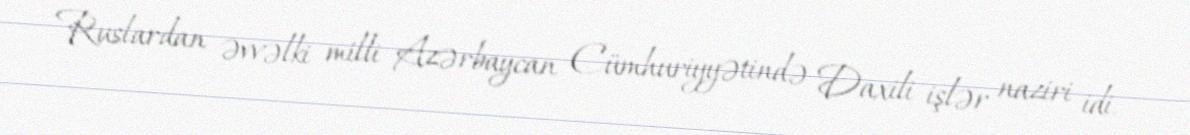
Ruslardan əvvəlki milli Azərbaycan Cümhuriyyətində Daxili işlər naziri idi.